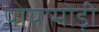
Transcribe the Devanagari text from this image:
पोयामोड़ी